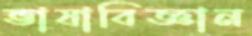
ভাষাবিজ্ঞান